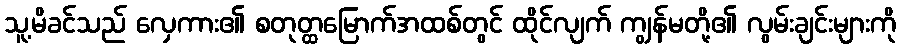
သူ့မိခင်သည် လှေကား၏ စတုတ္ထမြောက်အထစ်တွင် ထိုင်လျက် ကျွန်မတို့၏ လွမ်းချင်းများကို